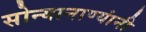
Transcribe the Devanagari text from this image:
सोन्यानाण्यांनी